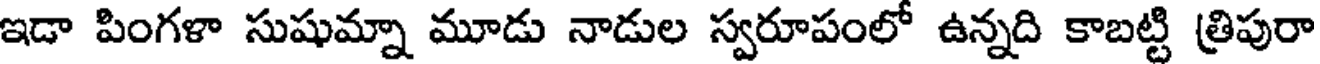
ఇడా పింగళా సుషుమ్నా మూడు నాడుల స్వరూపంలో ఉన్నది కాబట్టి త్రిపురా